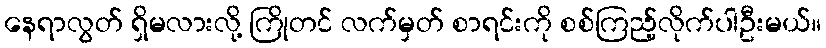
နေရာလွတ် ရှိမလားလို့ ကြိုတင် လက်မှတ် စာရင်းကို စစ်ကြည့်လိုက်ပါဦးမယ်။